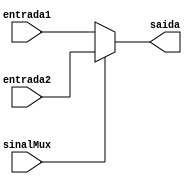
module mux(entrada1, entrada2, sinalMux, saida);
	input wire [7:0] entrada1;
	input wire [7:0] entrada2;
	input wire sinalMux;
	output wire [7:0] saida;
	
	assign saida = (sinalMux) ? entrada2 :  entrada1;
	
endmodule